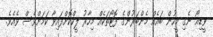
ވީޑިއޯ ނެގި މީހުން ބައެއް މެންބަރުންގެ ފޮޓޯތަކެއް މިހާރު ލީކްކޮށްފައިވާ ކަމަށްވެސް ވެއެވެ.